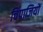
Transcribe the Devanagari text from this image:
चिंपाजियों